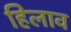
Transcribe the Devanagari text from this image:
हिलाव